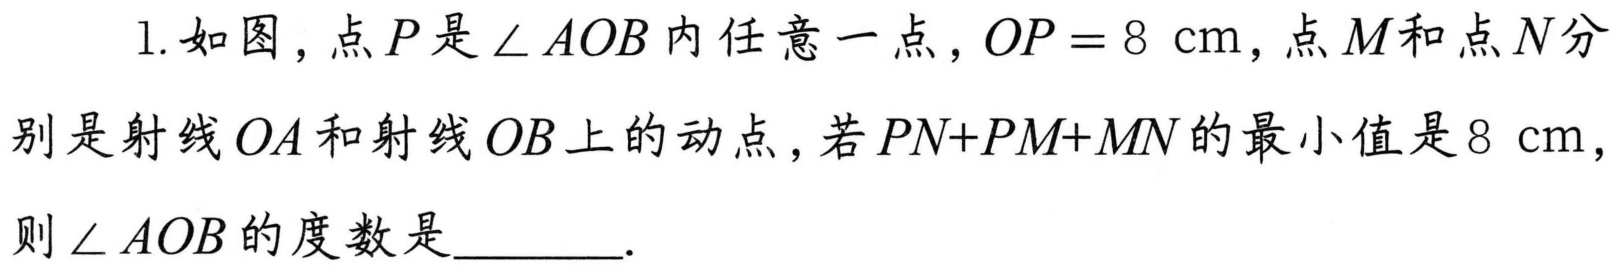
1. 如图，点\(P\)是\(\angle AOB\)内任意一点，\(OP = 8\ \text{cm}\)，点\(M\)和点\(N\)分别是射线\(OA\)和射线\(OB\)上的动点，若\(PN + PM+MN\)的最小值是\(8\ \text{cm}\)，则\(\angle AOB\)的度数是  ．